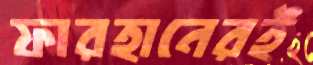
ফারহানেরই